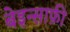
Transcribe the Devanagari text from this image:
बेइन्साफ़ी